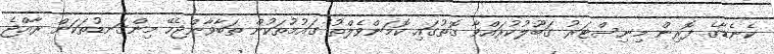
ކެނެޑާގެ ފޮރިން މިނިސްޓަރު ގަބޫލުކުރައްވާ ގޮތުގައި ކޮމަންވެލްތު ގައުމުތަކުން ތަބާވާންޖެހޭ މިންގަނޑުތަކަށް ރާއްޖެ